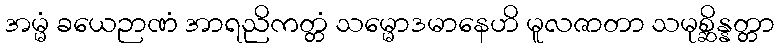
အမ္မံ ခယေဉာဏံ အာရညိကတ္တံ သမ္မောဒမာနေဟိ မူလဇာတာ သမုစ္ဆိန္နတ္တာ